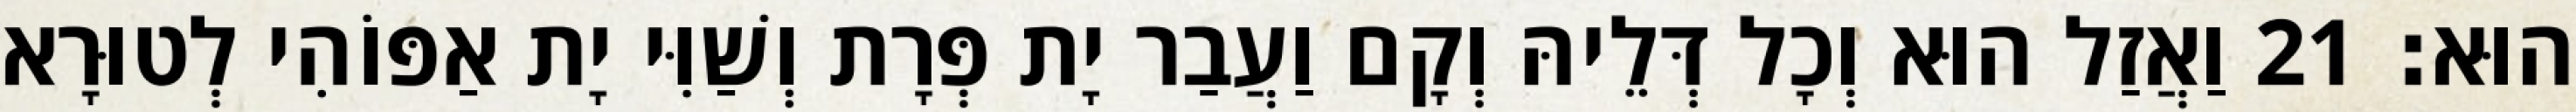
הוּא׃ 21 וַאֲזַל הוּא וְכָל דְּלֵיהּ וְקָם וַעֲבַר יָת פְּרָת וְשַׁוִּי יָת אַפּוֹהִי לְטוּרָא